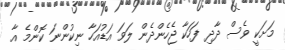
މަށަކީ ވެސް ދާދި ފަހަކާ ޖެހެންދެން ލަވަ އަޑުއަހާ ނިކުންނަ ކޮންމެ އާ